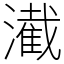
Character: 㵶